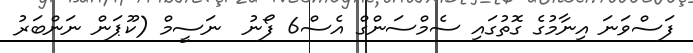
ފަސްވަނަ އިނާމުގެ ގޮތުގައި ސެމްސަންގް އެސް6 ފޯނު  ނަސީމް (ކޫޕަން ނަންބަރު